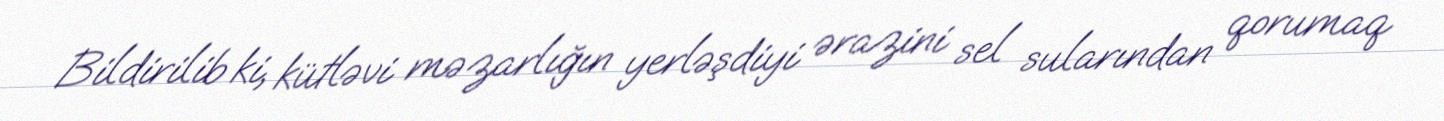
Bildirilib ki, kütləvi məzarlığın yerləşdiyi ərazini sel sularından qorumaq